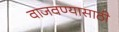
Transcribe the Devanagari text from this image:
वाजवण्यासाठी